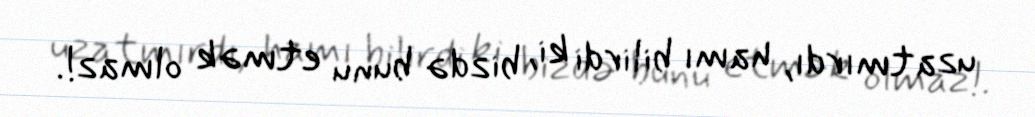
uzatmırdı, hamı bilirdi ki, bizdə bunu etmək olmaz!.